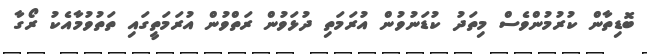
ބޮޑިތާން ކުރުމުންވެސް މިތަދު ކުޑަނުވުން އުރަމަތި ދުޅަވުން ރަތްވުން އުރަމަތީގައި ތަތުވުމާއެކު ރޯގާ